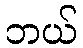
ဘယ်